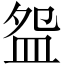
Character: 盌